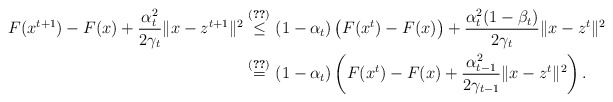
\begin{align*}F(x^{t+1})-F(x)+\frac{\alpha_t^2}{2\gamma_t}\|x-z^{t+1}\|^2\overset{\eqref{F-ineq}}{\leq}\ &(1-\alpha_t)\left(F(x^t)-F(x)\right)+\frac{\alpha_{t}^2(1-\beta_t)}{2\gamma_{t}}\|x-z^t\|^2\\\overset{\eqref{alpha-eqn}}{=}\ &(1-\alpha_t)\left(F(x^t)-F(x)+\frac{\alpha_{t-1}^2}{2\gamma_{t-1}}\|x-z^t\|^2\right).\end{align*}